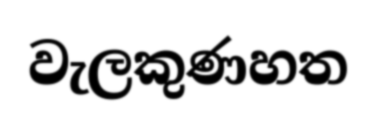
වැලකුණහත